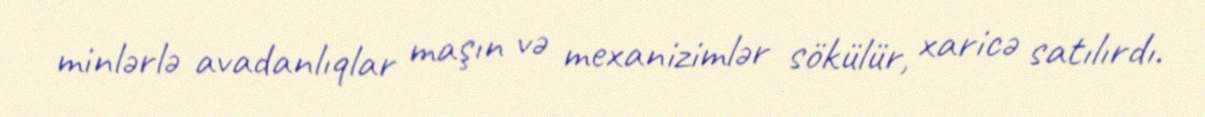
minlərlə avadanlıqlar maşın və mexanizimlər sökülür, xaricə satılırdı.